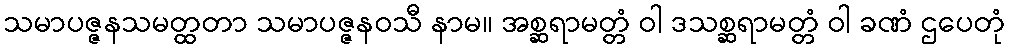
သမာပဇ္ဇနသမတ္ထတာ သမာပဇ္ဇနဝသီ နာမ။ အစ္ဆရာမတ္တံ ဝါ ဒသစ္ဆရာမတ္တံ ဝါ ခဏံ ဌပေတုံ